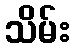
သိမ်း